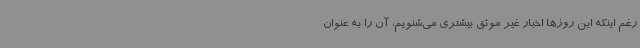
رغم اینکه این روزها اخبار غیر موثق بیشتری می‌شنویم، آن را به عنوان